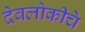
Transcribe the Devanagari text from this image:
देवलोकीचे